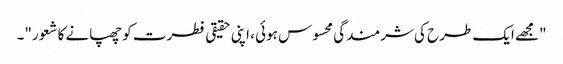
"مجھے ایک طرح کی شرمندگی محسوس ہوئی ، اپنی حقیقی فطرت کو چھپانے کا شعور"۔